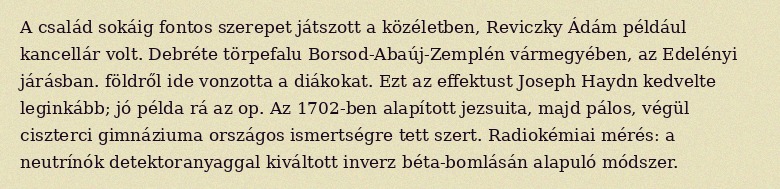
A család sokáig fontos szerepet játszott a közéletben, Reviczky Ádám például kancellár volt. Debréte törpefalu Borsod-Abaúj-Zemplén vármegyében, az Edelényi járásban. földről ide vonzotta a diákokat. Ezt az effektust Joseph Haydn kedvelte leginkább; jó példa rá az op. Az 1702-ben alapított jezsuita, majd pálos, végül ciszterci gimnáziuma országos ismertségre tett szert. Radiokémiai mérés: a neutrínók detektoranyaggal kiváltott inverz béta-bomlásán alapuló módszer.